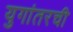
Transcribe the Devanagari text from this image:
युगांतरची